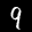
Label: 9